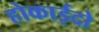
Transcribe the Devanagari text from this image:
होकाईदो